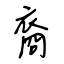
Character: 裔